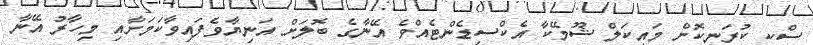
ސްކީ ކުރަނިކޮށް މައިކަލް ޝޫމޭކާ އެކްސިޑެންޓެއްވެ އޭނާގެ ބޮލަށް އަނިޔާވެފައިވާކަމަށާއި މިހާރު އޭނާ